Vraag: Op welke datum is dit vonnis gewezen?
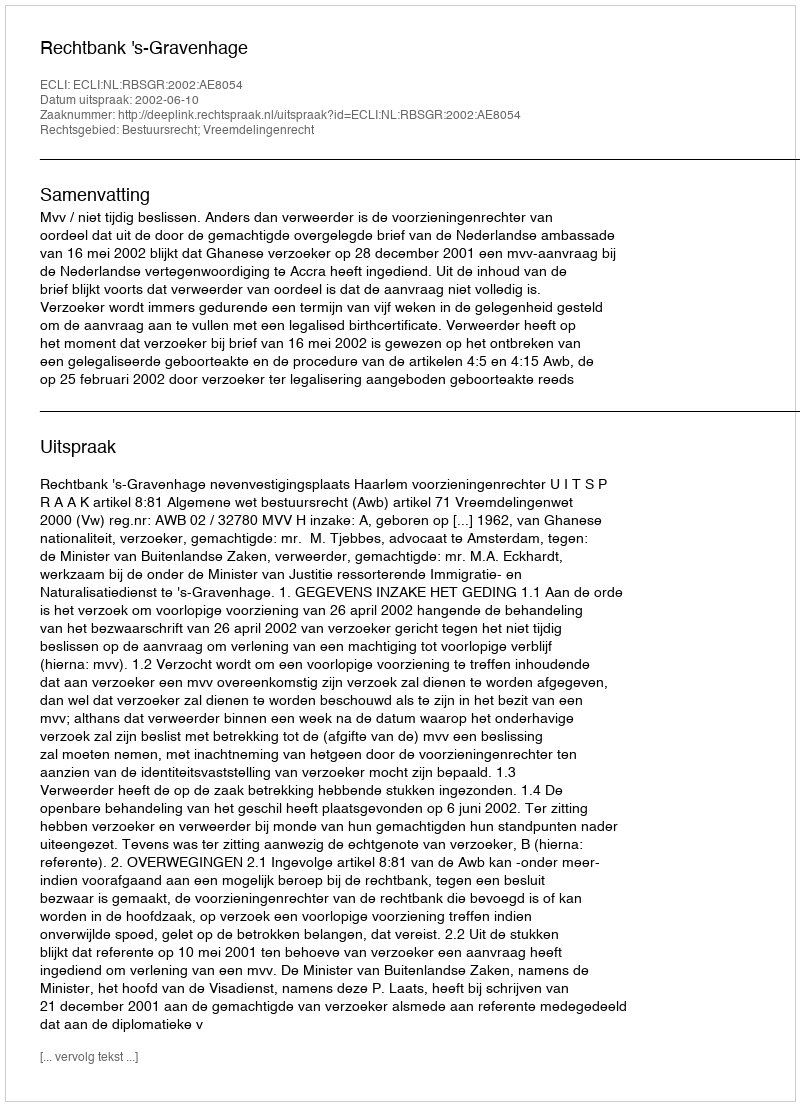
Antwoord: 2002-06-10